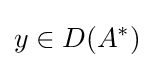
y\in D(A^{*})